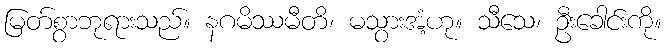
မြတ်စွာဘုရားသည်။ နဂမိဿမီတိ၊ မသွားအံ့ဟု။ သီသေ၊ ဦးခေါင်းကို။